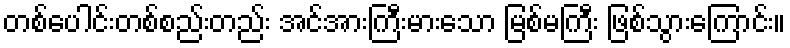
တစ်ပေါင်းတစ်စည်းတည်း အင်အားကြီးမားသော မြစ်မကြီး ဖြစ်သွားကြောင်း။